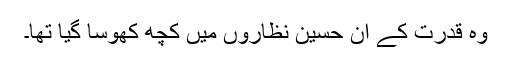
وہ قدرت کے ان حسین نظاروں میں کچھ کھوسا گیا تھا۔